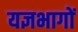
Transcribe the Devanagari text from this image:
यज्ञभागों